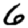
Digit: 6